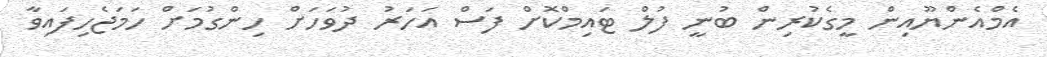
އެމްއެންޔޫއިން މީގެކުރިން ބުނީ ފުލް ޓައިމްކޮށް ފަސް އަހަރު ދުވަހަށް ހިންގުމަށް ހަމަޖެހިފައިވާ